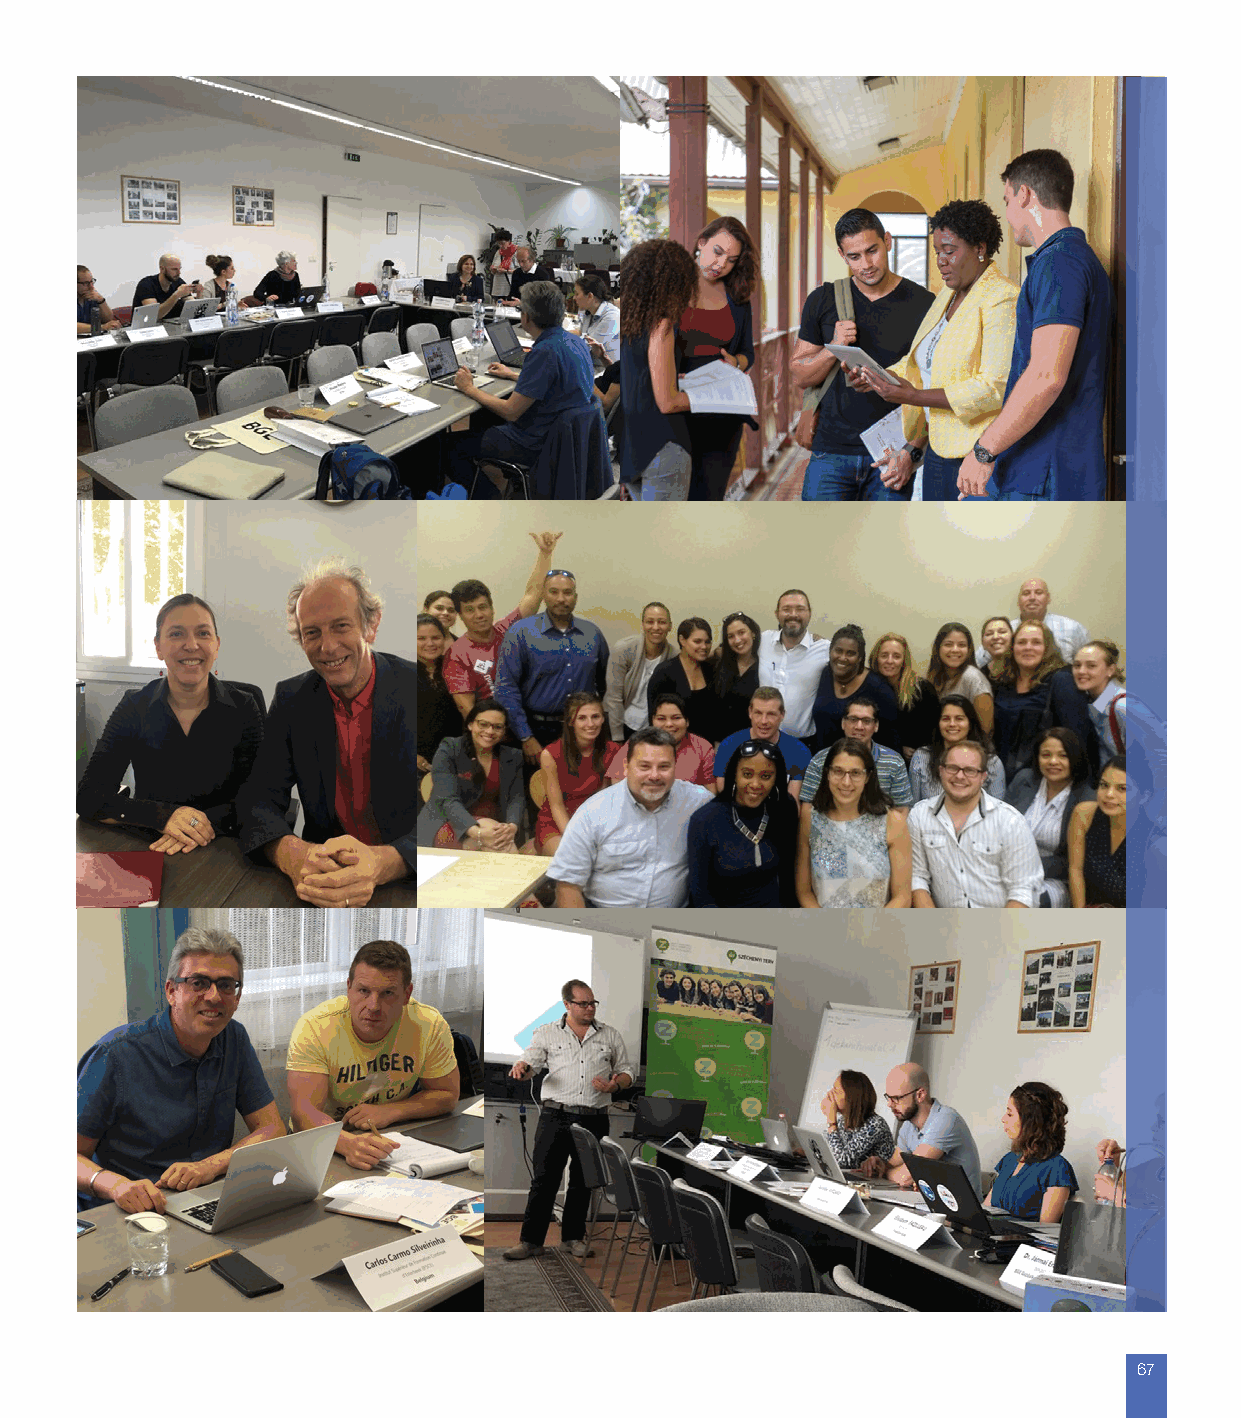
SUMMARY SHEETS                        67